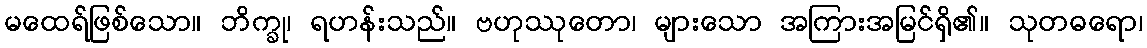
မထေရ်ဖြစ်သော။ ဘိက္ခု၊ ရဟန်းသည်။ ဗဟုဿုတော၊ များသော အကြားအမြင်ရှိ၏။ သုတဓရော၊